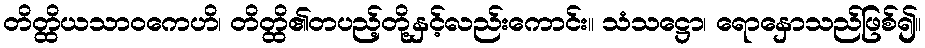
တိတ္ထိယသာဝကေဟိ၊ တိတ္ထိ၏တပည့်တို့နှင့်လည်းကောင်း။ သံသဋ္ဌော၊ ရောနှောသည်ဖြစ်၍။